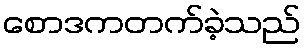
စောဒကတက်ခဲ့သည်